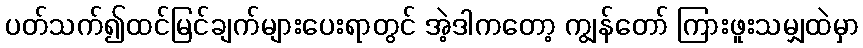
ပတ်သက်၍ထင်မြင်ချက်များပေးရာတွင် အဲ့ဒါကတော့ ကျွန်တော် ကြားဖူးသမျှထဲမှာ